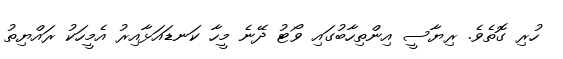
ހުރި ގޮތެވެ. ރިޔާސީ އިންތިހާބުގައި ވޯޓު ދޭނެ މީހާ ކަނޑައަޅާއިރު އެމީހަކު ރައްޔިތު